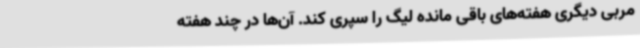
مربی دیگری هفته‌های باقی مانده لیگ را سپری کند. آن‌ها در چند هفته